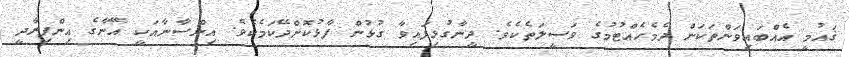
ޤައުމީ އެއްބައިވަންތަކަން ދެމެހެއްޓުމުގެ ވަސީލަތެކެވެ. ދީނާގުޅިފައިވާ ގުޅުން ފާޅުކޮށްދޭކަމެކެވެ. އިންސާނާއަކީ އޭނާގެ އިންފިރާދީ